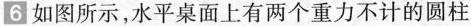
6 如图所示，水平桌面上有两个重力不计的圆柱